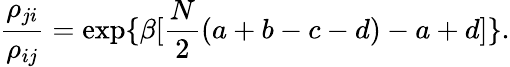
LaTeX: \frac{\rho_{ji}}{\rho_{ij}}=\exp\{ \beta[\frac{N}{2}(a+b-c-d)-a+d]\} .